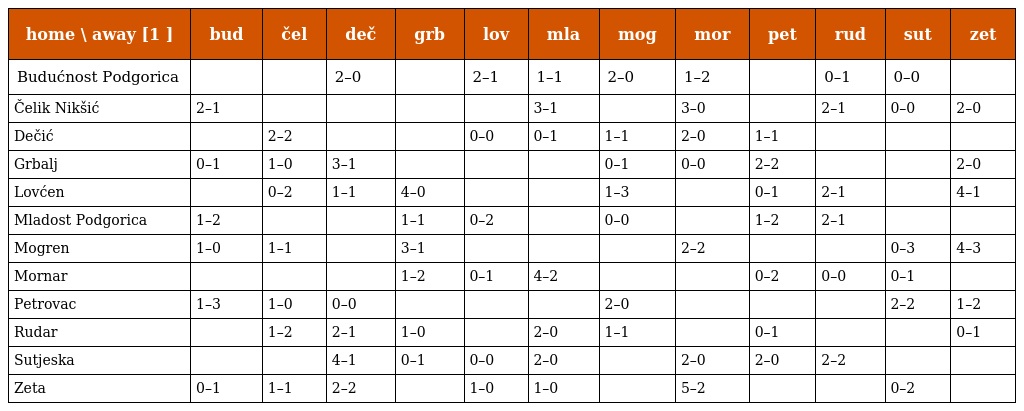
| home \ away [1 ] | bud | čel | deč | grb | lov | mla | mog | mor | pet | rud | sut | zet |
 | --- | --- | --- | --- | --- | --- | --- | --- | --- | --- | --- | --- | --- |
 | Budućnost Podgorica |  |  | 2–0 |  | 2–1 | 1–1 | 2–0 | 1–2 |  | 0–1 | 0–0 |  |
 | Čelik Nikšić | 2–1 |  |  |  |  | 3–1 |  | 3–0 |  | 2–1 | 0–0 | 2–0 |
 | Dečić |  | 2–2 |  |  | 0–0 | 0–1 | 1–1 | 2–0 | 1–1 |  |  |  |
 | Grbalj | 0–1 | 1–0 | 3–1 |  |  |  | 0–1 | 0–0 | 2–2 |  |  | 2–0 |
 | Lovćen |  | 0–2 | 1–1 | 4–0 |  |  | 1–3 |  | 0–1 | 2–1 |  | 4–1 |
 | Mladost Podgorica | 1–2 |  |  | 1–1 | 0–2 |  | 0–0 |  | 1–2 | 2–1 |  |  |
 | Mogren | 1–0 | 1–1 |  | 3–1 |  |  |  | 2–2 |  |  | 0–3 | 4–3 |
 | Mornar |  |  |  | 1–2 | 0–1 | 4–2 |  |  | 0–2 | 0–0 | 0–1 |  |
 | Petrovac | 1–3 | 1–0 | 0–0 |  |  |  | 2–0 |  |  |  | 2–2 | 1–2 |
 | Rudar |  | 1–2 | 2–1 | 1–0 |  | 2–0 | 1–1 |  | 0–1 |  |  | 0–1 |
 | Sutjeska |  |  | 4–1 | 0–1 | 0–0 | 2–0 |  | 2–0 | 2–0 | 2–2 |  |  |
 | Zeta | 0–1 | 1–1 | 2–2 |  | 1–0 | 1–0 |  | 5–2 |  |  | 0–2 |  |